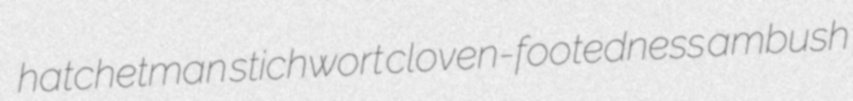
hatchetman stichwort cloven-footedness ambush